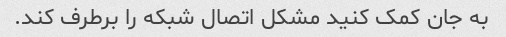
به جان کمک کنید مشکل اتصال شبکه را برطرف کند.